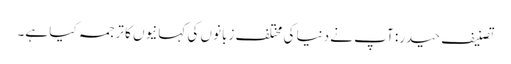
تصنیف حیدر: آپ نے دنیا کی مختلف زبانوں کی کہانیوں کا ترجمہ کیا ہے۔